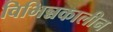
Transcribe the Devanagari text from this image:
विभिन्नकालीन